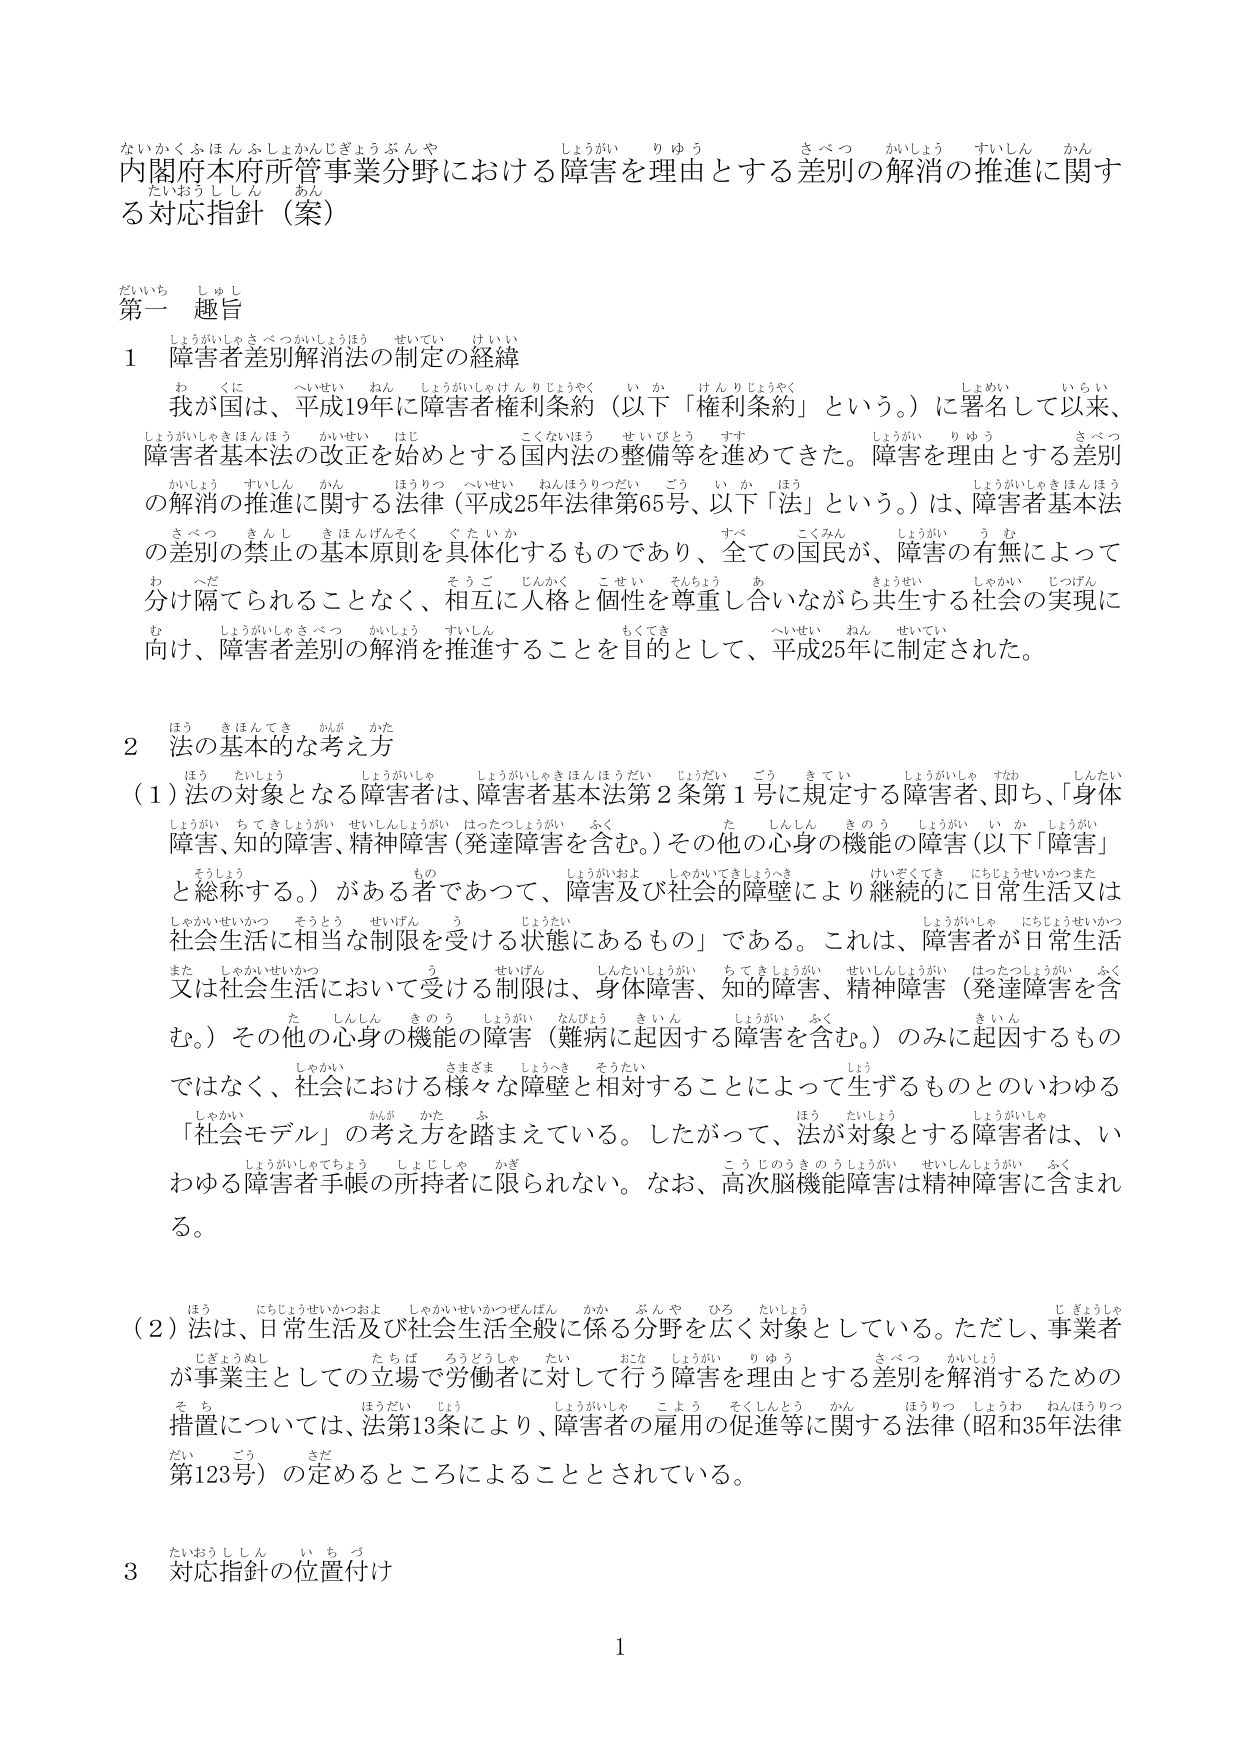
ないかくふほんふしあかんじぎょうぶんや しょうがい りゆう さべつ かいしょう すいしん かん
内閣府本府所管事業分野における障害を理由とする差別の解消の推進に関する
たいおうししん あん
対応指針（案）

だいいち しゅし
第一 趣旨

１ 障害者差別解消法の制定の経緯
わ くに へいせい ねん しょうがいしゃけんりじょうやく い か けんりじょうやく しょうめい いらい
我が国は、平成19年に障害者権利条約（以下「権利条約」という。）に署名して以来、
しょうがいしゃきほんほう かいせい はじ こくないほう せいびとう すす しょうがい りゆう さべつ
障害者基本法の改正を始めとする国内法の整備等を進めてきた。障害を理由とする差別
かいしょう すいしん かん ほうりつ へいせい ねんほうりつだい ごう い か ほう しょうがいしゃきほんほう
の解消の推進に関する法律（平成25年法律第65号、以下「法」という。）は、障害者基本法
さべつ きんし きほんげんそく ぐたいか すべ こくみん しょうがい う む
の差別の禁止の基本原則を具体化するものであり、全ての国民が、障害の有無によって
わ へだ そうご じんかく こせい そんちょう あ きょうせい しゃかい じつげん
分け隔てられることなく、相互に人格と個性を尊重しつながり共生する社会の実現に
む しょうがいしゃさべつ かいしょう すいしん もくてき へいせい ねん せいてい
向け、障害者差別の解消を推進することを目的として、平成25年に制定された。

２ 法の基本的な考え方
ほう きほんてき かんが かた
（１）法の対象となる障害者は、障害者基本法第２条第１号に規定する障害者、即ち、「身体
しょうがいしゃきほんほうだい じょうだい ごう きてい しょうがいしゃ すな しんたい
障害、知的障害、精神障害（発達障害を含む。）その他の心身の機能の障害（以下「障害」
そうじょう もの しょうがいおよ しゃかいてきしょうへき けいぞくてき にちじょうせいかつまた
と総称する。）がある者であって、障害及び社会的障壁により継続的に日常生活又は
しゃかいせいかつ そうとう せいげん う じょうたい しょうがいしゃ にちじょうせいかつ
社会生活に相当な制限を受ける状態にあるもの」である。これは、障害者が日常生活
また しゃかいせいかつ う せいげん しんたいしょうがい ちてきしょうがい せいしんしょうがい はったつしょうがい ふく
又は社会生活において受ける制限は、身体障害、知的障害、精神障害（発達障害を含
た しんしん きのう しょうがい なんびょう きいん しょうがい ふく きいん
む。）その他の心身の機能の障害（難病に起因する障害を含む。）のみに起因するもの
しゃかい さまざま しょうへき そうだい しょう
ではなく、社会における様々な障壁と相対することによって生ずるものとのいわゆる
しゃかい かんが かた ふ ほう たいしょう しょうがいしゃ
「社会モデル」の考え方を踏まえている。したがって、法が対象とする障害者は、い
しょうがいしゃてちょう しょじしゃ かぎ こうじのうきのうしょうがい せいしんしょうがい ふく
わゆる障害者手帳の所持者に限られない。なお、高次脳機能障害は精神障害に含まれ
る。

ほう にちじょうせいかつおよ しゃかいせいかつぜんぱん かか ぶんや ひろ たいしょう じ ぎょうしゃ
（２）法は、日常生活及び社会生活全般に係る分野を広く対象としている。ただし、事業者
じぎょうぬし たちば ろうどうしゃ たい おこな しょうがい りゆう さべつ かいしょう
が事業主としての立場で労働者に対して行う障害を理由とする差別を解消するための
そ ち ほうだい しょう しょうがいしゃ こよう そくしんとう かん ほうりつ しょうわ ねんほうりつ
措置については、法第13条により、障害者の雇用の促進等に関する法律（昭和35年法律
だい ごう さだ
第123号）の定めるところによることとされている。

たいおうししん い ち つ
３ 対応指針の位置付け

1